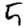
Digit: 5